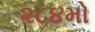
૨૮૪મો